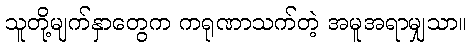
သူတို့မျက်နှာတွေက ကရုဏာသက်တဲ့ အမူအရာမျှသာ။